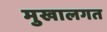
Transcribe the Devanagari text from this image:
मुखालगत